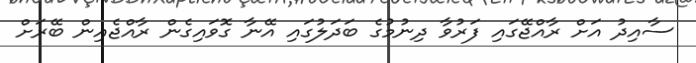
ސާއިދު އަށް ރާއްޖޭގައި ފަރުވާ ދިނުމުގެ ބަދަލުުގައި އޭނާ ގޮވައިގެން ރާއްޖެއިން ބޭރަށް